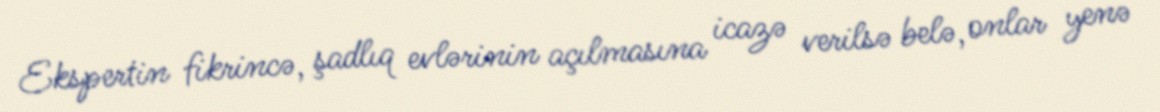
Ekspertin fikrincə, şadlıq evlərinin açılmasına icazə verilsə belə, onlar yenə